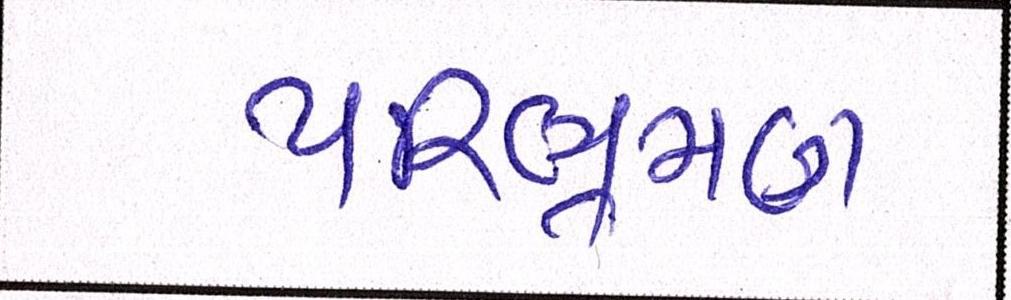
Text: પરિભ્રમણ